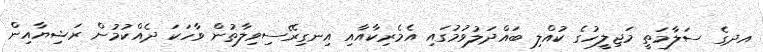
އދގެ ސަލާމަތީ މަޖިލީހުގެ ކުއްލި ބައްދަލުވުމުގައި އެމެރިކާއާއި އިނގިރޭސިވިލާތުން ވާހަކަ ދެއްކުމުން ރަޝިޔާއިން